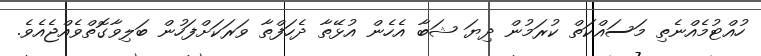
ހުއްޓުމެއްނެތި މަސައްކަތް ކުރަމުން ދިޔަ ޝަބާ އެހެން އުޅޭތާ ދެހަފްތާ ވަރަކަށްފަހުން ބަލިވާގޮތްވެއްޖެއެވެ.